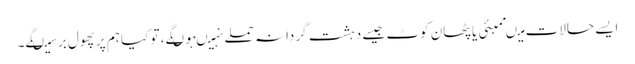
ایسے حالات میںممبئی یا پٹھان کوٹ جیسے دہشت گردانہ حملے نہیںہوںگے، تو کیا ہم پر پھول برسیںگے۔